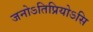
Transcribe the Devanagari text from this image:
जनोऽतिप्रियोऽसि